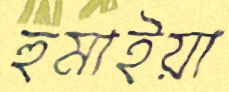
হুমাইয়া